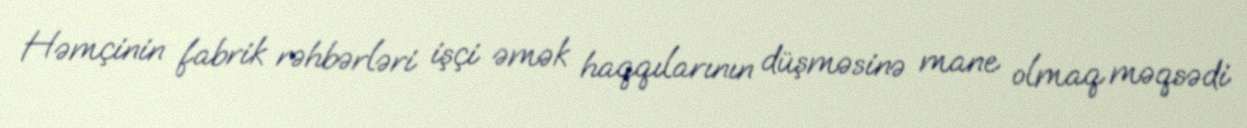
Həmçinin fabrik rəhbərləri işçi əmək haqqılarının düşməsinə mane olmaq məqsədi